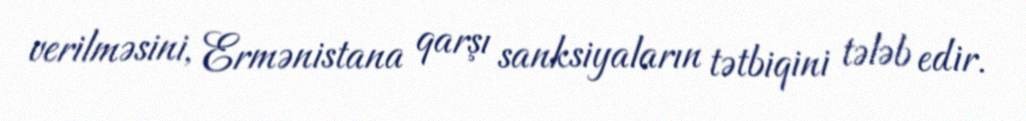
verilməsini, Ermənistana qarşı sanksiyaların tətbiqini tələb edir.